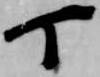
丁